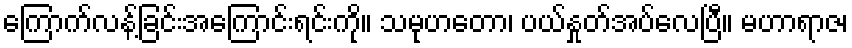
ကြောက်လန့်ခြင်းအကြောင်းရင်းကို။ သမုဟတော၊ ပယ်နှုတ်အပ်လေပြီ။ မဟာရာဇ၊